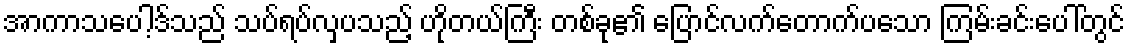
အာကာသပေါ့ဒ်သည် သပ်ရပ်လှပသည့် ဟိုတယ်ကြီး တစ်ခု၏ ပြောင်လက်တောက်ပသော ကြမ်းခင်းပေါ်တွင်